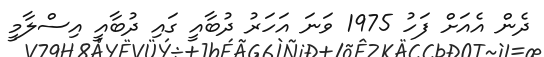
ދެން އެއަށް ފަހު 1975 ވަނަ އަހަރު ދުބާއީ ގައި ދުބާއީ އިސްލާމީ